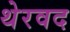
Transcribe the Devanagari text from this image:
थेरवद